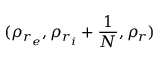
( \rho _ { r _ { e } } , \rho _ { r _ { i } } + \frac { 1 } { N } , \rho _ { r } )